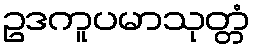
ဥဒကူပမာသုတ္တံ